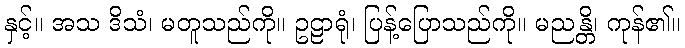
နှင့်။ အသ ဒိသံ၊ မတူသည်ကို။ ဥဠာရုံ၊ ပြန့်ပြောသည်ကို။ မညန္တိ၊ ကုန်၏။